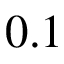
0 . 1